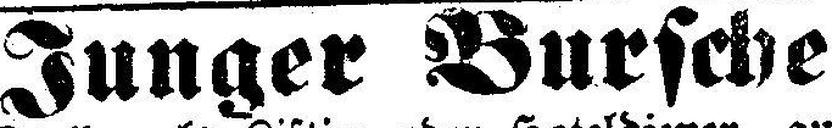
Junger Bursche